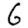
Digit: 6